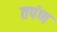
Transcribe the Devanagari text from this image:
तपंण